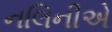
નલિનીએ